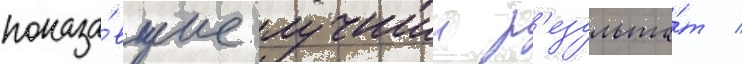
показа́вшие лучшии р'езульта́т /